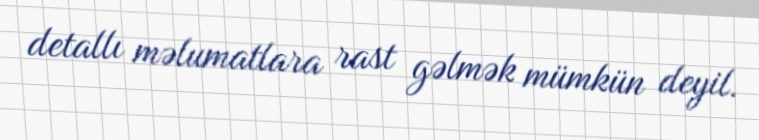
detallı məlumatlara rast gəlmək mümkün deyil.